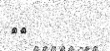
٢٤